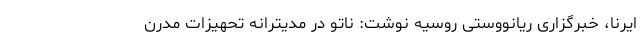
ایرنا، خبرگزاری ریانووستی روسیه نوشت: ناتو در مدیترانه تحهیزات مدرن